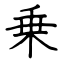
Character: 乗